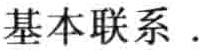
基本联系 .